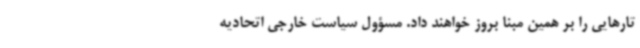
تارهایی را بر همین مبنا بروز خواهند داد. مسؤول سیاست خارجی اتحادیه